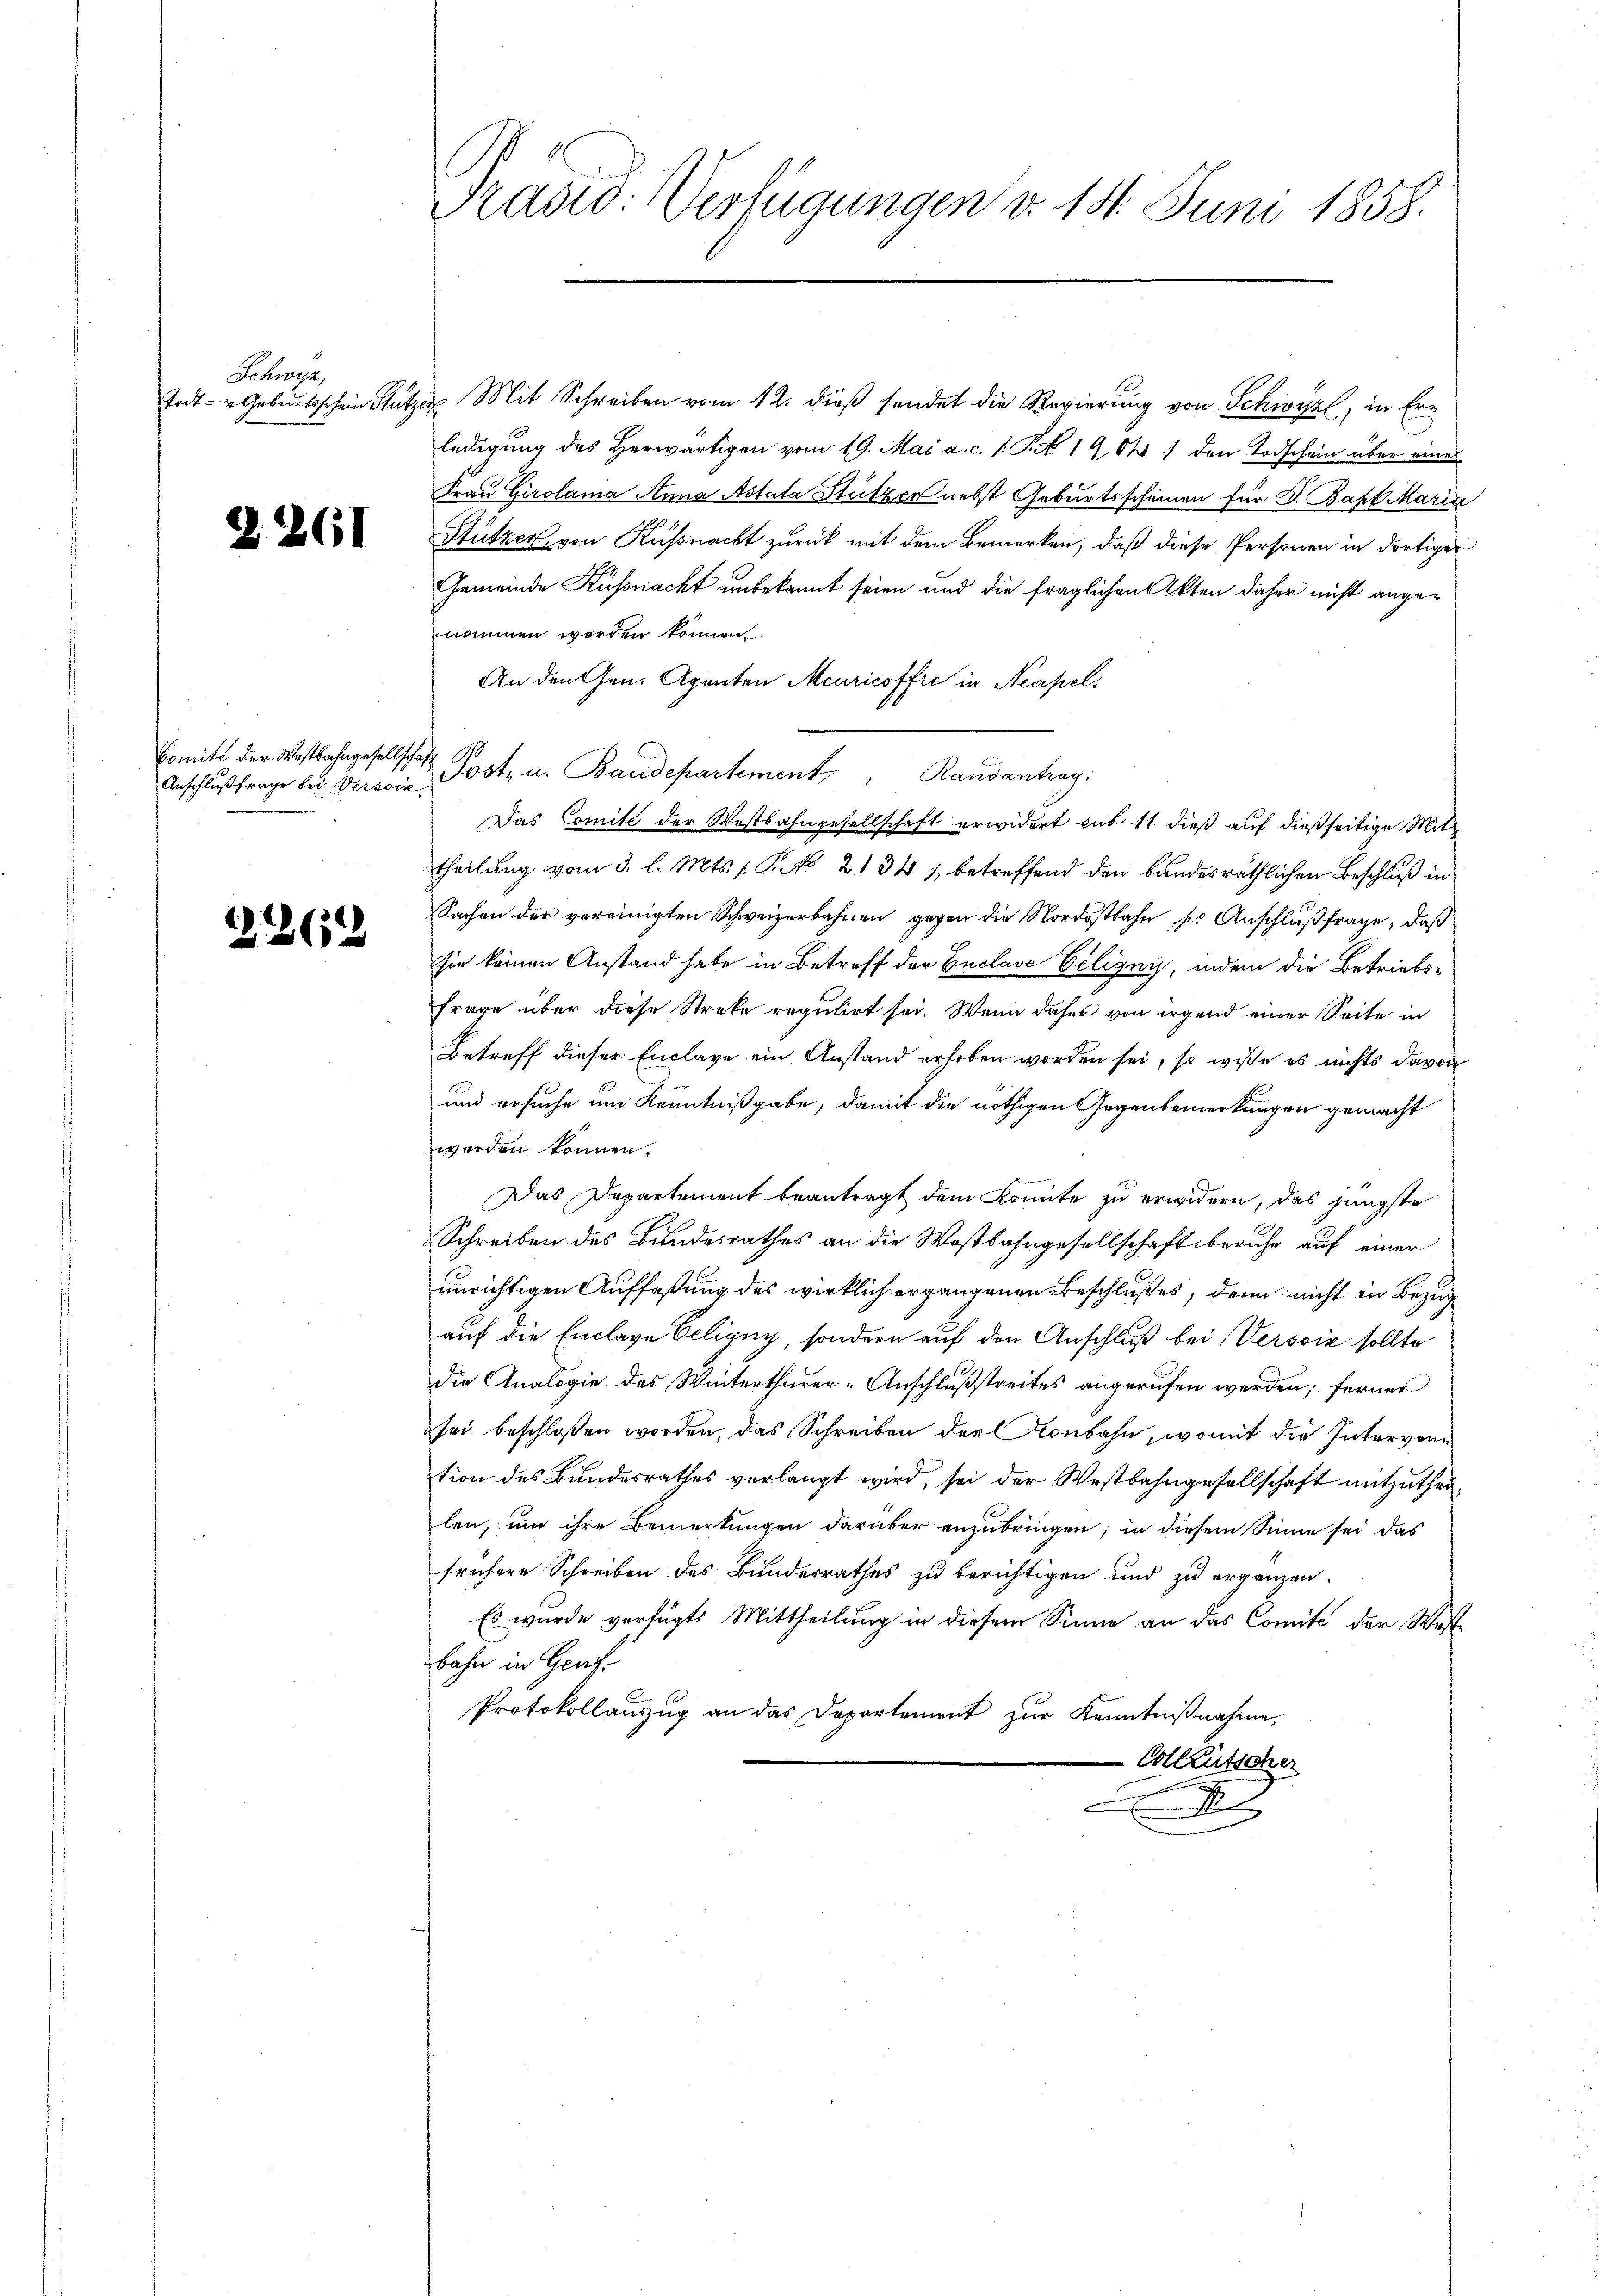
Schwyz,

2261

Comité der Westbahngesellschaft

2262

Præsid. Verfügungen v. 18. Juni 1858.

todt - " Geburtsschein Stutzen Mit Schreiben vom 12. dieß sendet die Regierung von Schwyl, in Erledigung des Herwärtigen vom 19. Mai a. c. 1. P. N 19,04) den Todschein über eines
Frau Girolama Anna Astula Stützer nebst Geburtsscheinen für J. Bapt Maria
Stützer, von Küßnacht zurück mit dem Bemerken, daß diese Personen in dortiger
Gemeinde Küßnacht unbekannt seien und die fraglichen Akten daher nicht angenommen worden können.
An den Gen. Agenten Meuricoffre in Neapel.
Das Comité der Westbahngesellschaft erwidert sub 11. dieß auf dießseitige Mitt
theilung vom 3. l. Mts. 1 Pkt. 2134), betreffend den bundesräthlichen Beschluß in
Sachen der vereinigten Schweizerbahnen gegen die Nordostbahn ses Anschlußfrage, daß
sie keinen Anstand habe in Betreff der Enclave Veligny, indem die Betriebs¬
Frage über diese Streke regulirt sei. Wenn daher von irgend einer Seite in
Betreff dieser Enclage ein Anstand erhoben worden sei, so wisse es nichts davon
und ersuche um Kenntnißgabe, damit die nöthigen Gegenbemerkungen gemacht
werden können.
Das Departement beantragt dem Konnte zu erwidern, das jüngste
Schreiben des Bundesrathes an die Westbahngesellschaft beruhe auf einer
unrichtigen Auffaßung des wirklich ergangenen Beschlußes, denn nicht in Bezug
auf die Enclage Eeligny, sondern auf den Anschluß bei Versoin sollte
die Analogie des Winterthurer-Anschlußstreites angerufen werden; ferner
sei beschloßen worden, das Schreiben der Konbahn, womit die Intervenu
tion des Bundesrathes verlangt wird, sei der Westbahngesellschaft mitzuthei
len, um ihre Bemerkungen darüber anzubringen; in diesem Sinne sei das
frühere Schreiben des Bundesrathes zu berichtigen und zu ergänzen.
Es wurde verfügte Mittheilung in diesem Sinne an das Comité der Westbahn in Genf
Protokollanzug an das Departement zur Kenntnißnahme,
-Colleütscher
A

Anschlŭβ frage bei Vereie Post- u. Baudepartement, Randantrag: